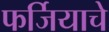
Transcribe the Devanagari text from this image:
फर्जियाचे